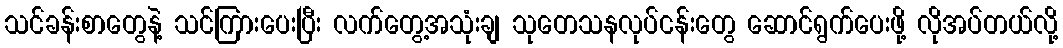
သင်ခန်းစာတွေနဲ့ သင်ကြားပေးပြီး လက်တွေ့အသုံးချ သုတေသနလုပ်ငန်းတွေ ဆောင်ရွက်ပေးဖို့ လိုအပ်တယ်လို့